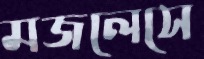
মজলেসে